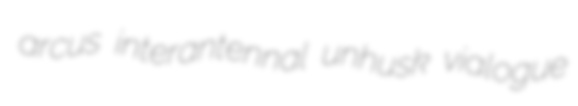
arcus interantennal unhusk vialogue